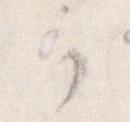
か